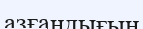
азғандығын